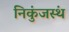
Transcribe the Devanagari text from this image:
निकुंजस्थं